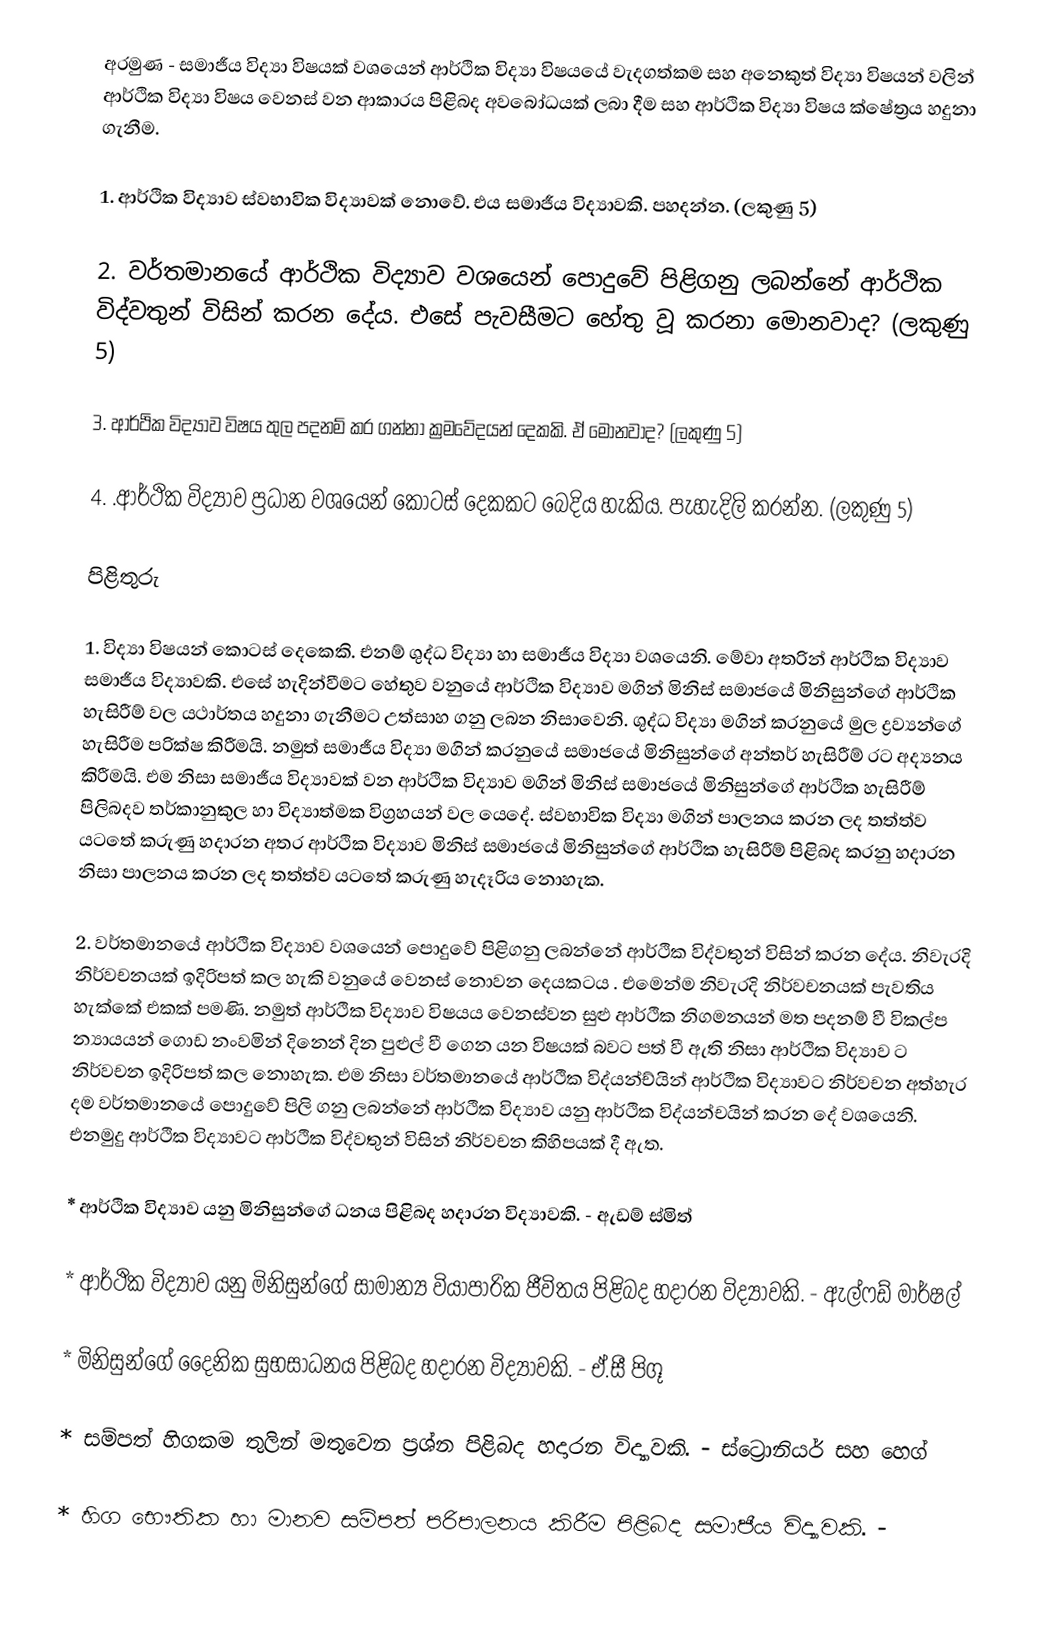
අරමුණ - සමාජීය විද්‍යා විෂයක් වශයෙන් ආර්ථික විද්‍යා විෂයයේ වැදගත්කම සහ අනෙකුත් විද්‍යා විෂයන් වලින් ආර්ථික විද්‍යා විෂය වෙනස් වන ආකාරය පිළිබද අවබෝධයක් ලබා දීම සහ ආර්ථික විද්‍යා විෂය ක්ෂේත්‍රය හදුනා ගැනීම.

1. ආර්ථික විද්‍යාව ස්වභාවික විද්‍යාවක් නොවේ. එය සමාජීය විද්‍යාවකි. පහදන්න. (ලකුණු 5)

2. වර්තමානයේ ආර්ථික විද්‍යාව වශයෙන් පොදුවේ පිළිගනු ලබන්නේ ආර්ථික විද්වතුන් විසින් කරන දේය. එසේ පැවසීමට හේතු වූ කරනා මොනවාද? (ලකුණු 5)

3. ආර්ථික විද්‍යාව විෂය තුල පදනම් කර ගන්නා ක්‍රමවේදයන් දෙකකි. ඒ මොනවාද? (ලකුණු 5)

4. .ආර්ථික විද්‍යාව ප්‍රධාන වශයෙන් කොටස් දෙකකට බෙදිය හැකිය. පැහැදිලි කරන්න. (ලකුණු 5)

පිළිතුරු

1. විද්‍යා විෂයන් කොටස් දෙකෙකි. එනම් ශුද්ධ විද්‍යා හා සමාජීය විද්‍යා වශයෙනි. මේවා අතරින් ආර්ථික විද්‍යාව සමාජීය විද්‍යාවකි. එසේ හැදින්වීමට හේතුව වනුයේ ආර්ථික විද්‍යාව මගින් මිනිස් සමාජයේ මිනිසුන්ගේ ආර්ථික හැසිරීම් වල යථාර්තය හදුනා ගැනීමට උත්සාහ ගනු ලබන නිසාවෙනි. ශුද්ධ විද්‍යා මගින් කරනුයේ මුල ද්‍රව්‍යන්ගේ හැසිරීම පරික්ෂ කිරීමයි. නමුත් සමාජීය විද්‍යා මගින් කරනුයේ සමාජයේ මිනිසුන්ගේ අන්තර් හැසිරීම් රට අද්‍යනය කිරීමයි. එම නිසා සමාජීය විද්‍යාවක් වන ආර්ථික විද්‍යාව මගින් මිනිස් සමාජයේ මිනිසුන්ගේ ආර්ථික හැසිරීම් පිලිබදව තර්කානුකුල හා විද්‍යාත්මක විග්‍රහයන් වල යෙදේ. ස්වභාවික විද්‍යා මගින් පාලනය කරන ලද තත්ත්ව යටතේ කරුණු හදාරන අතර ආර්ථික විද්‍යාව මිනිස් සමාජයේ මිනිසුන්ගේ ආර්ථික හැසිරීම් පිළිබද කරනු හදාරන නිසා පාලනය කරන ලද තත්ත්ව යටතේ කරුණු හැදෑරිය නොහැක.

2. වර්තමානයේ ආර්ථික විද්‍යාව වශයෙන් පොදුවේ පිළිගනු ලබන්නේ ආර්ථික විද්වතුන් විසින් කරන දේය. නිවැරදි නිර්වචනයක් ඉදිරිපත් කල හැකි වනුයේ වෙනස් නොවන දෙයකටය . එමෙන්ම නිවැරදි නිර්වචනයක් පැවතිය හැක්කේ එකක් පමණි. නමුත් ආර්ථික විද්‍යාව විෂයය වෙනස්වන සුළු ආර්ථික නිගමනයන් මත පදනම් වී විකල්ප න්‍යායයන් ගොඩ නංවමින් දිනෙන් දින පුළුල් වී ගෙන යන විෂයක් බවට පත් වී ඇති නිසා ආර්ථික විද්‍යාව ට නිර්වචන ඉදිරිපත් කල නොහැක. එම නිසා වර්තමානයේ ආර්ථික විද්යන්ච්යින් ආර්ථික විද්‍යාවට නිර්වචන අත්හැර දම වර්තමානයේ පොදුවේ පිලි ගනු ලබන්නේ ආර්ථික විද්‍යාව යනු ආර්ථික විද්යන්චයින් කරන දේ වශයෙනි. එනමුදු ආර්ථික විද්‍යාවට ආර්ථික විද්වතුන් විසින් නිර්වචන කිහිපයක් දී ඇත.

* ආර්ථික විද්‍යාව යනු මිනිසුන්ගේ ධනය පිළිබද හදාරන විද්‍යාවකි. - ඇඩම් ස්මිත්

* ආර්ථික විද්‍යාව යනු මිනිසුන්ගේ සාමාන්‍ය වියාපාරික ජීවිතය පිළිබද හදාරන විද්‍යාවකි. - ඇල්ෆඩ් මාර්ෂල්

* මිනිසුන්ගේ දෛනික සුභසාධනය පිළිබද හදාරන විද්‍යාවකි. - ඒ.සී පිගූ

* සම්පත් හිගකම තුලින් මතුවෙන ප්‍රශ්න පිළිබද හදාරන විද්‍යාවකි. - ස්ට්‍රොනියර් සහ හෙග්

* හිග භෞතික හා මානව සම්පත් පරිපාලනය කිරීම පිළිබද සමාජීය විද්‍යාවකි. -